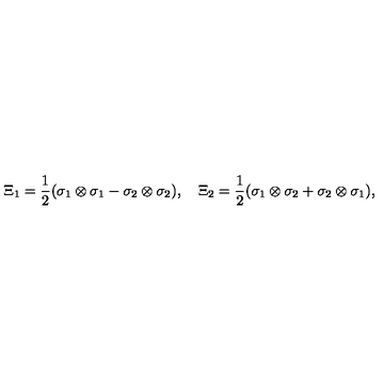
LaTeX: \Xi _ { 1 } = \frac { 1 } { 2 } ( \sigma _ { 1 } \otimes \sigma _ { 1 } - \sigma _ { 2 } \otimes \sigma _ { 2 } ) , \quad \Xi _ { 2 } = \frac { 1 } { 2 } ( \sigma _ { 1 } \otimes \sigma _ { 2 } + \sigma _ { 2 } \otimes \sigma _ { 1 } ) ,